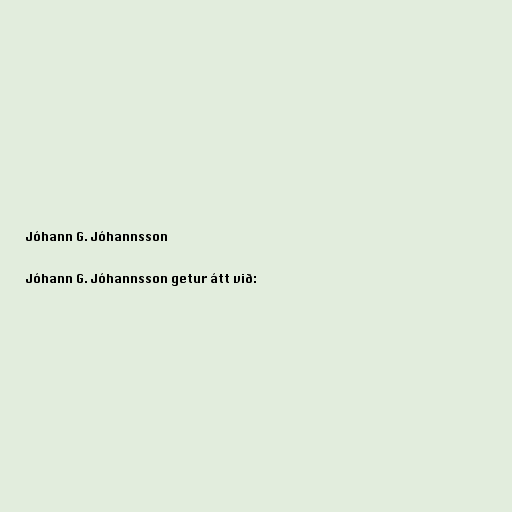
Jóhann G. Jóhannsson

Jóhann G. Jóhannsson getur átt við: